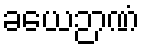
ခယေဉာဏံ